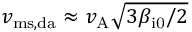
v _ { \mathrm { m s , d a } } \approx v _ { \mathrm { A } } \sqrt { 3 \beta _ { \mathrm { i 0 } } / 2 }